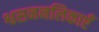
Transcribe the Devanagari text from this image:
श्वसननलिकाएँ